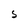
Character: S